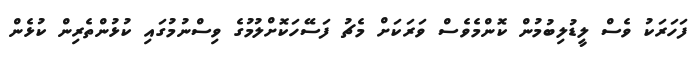
ފަހަރަކު ވެސް ލީޑުލިބުމުން ކޮންމެވެސް ވަރަކަށް މެޗު ފަސޭހަކޮށްލުމުގެ ވިސްނުމުގައި ކުޅުންތެރިން ކުޅެން